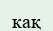
кақ